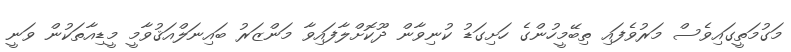
މަގުމަތީގައިވެސް މަރުވެފައި ތިބޭމީހުންގެ ހަށިގަޑު ކުނިވާން ދޫކޮށްލާފައިވާ މަންޒަރު ބައިނަލްއަޤުވާމީ މީޑިއާތަކުން ވަނީ